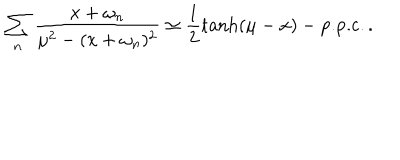
\sum _ { n } \frac { x + \omega _ { n } } { \mu ^ { 2 } - ( x + \omega _ { n } ) ^ { 2 } } \simeq \frac { 1 } { 2 } \tanh ( \mu - x ) - \mathrm { p . p . c . } \, .